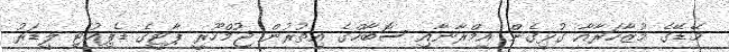
މޭޑޭގެ މުޒާހަރާއާ ގުޅިގެން އިމްރާނާއި ސޮބާހްގެ އިތުރުން ޖުމްހޫރީ ޕާޓީގެ ޑެޕިއުޓި ލީޑަރު